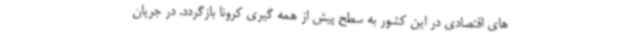
های اقتصادی در این کشور به سطح پیش از همه گیری کرونا بازگردد. در جریان